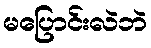
မပြောင်းလဲဘဲ